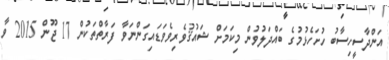
އަންދާސީހިސާބު ހުށަހެޅުމުގެ ބައްދަލުވުން މިކަމަށް ޝައުޤުވެރިވެވަޑައިގަންނަވާ ފަރާތްތަކުން 17 ޖޫން 2015 ވާ